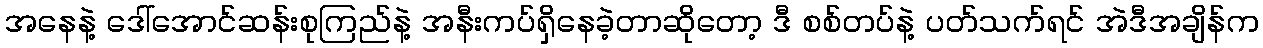
အနေနဲ့ ဒေါ်အောင်ဆန်းစုကြည်နဲ့ အနီးကပ်ရှိနေခဲ့တာဆိုတော့ ဒီ စစ်တပ်နဲ့ ပတ်သက်ရင် အဲဒီအချိန်က